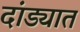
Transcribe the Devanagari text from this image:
दांड्यात